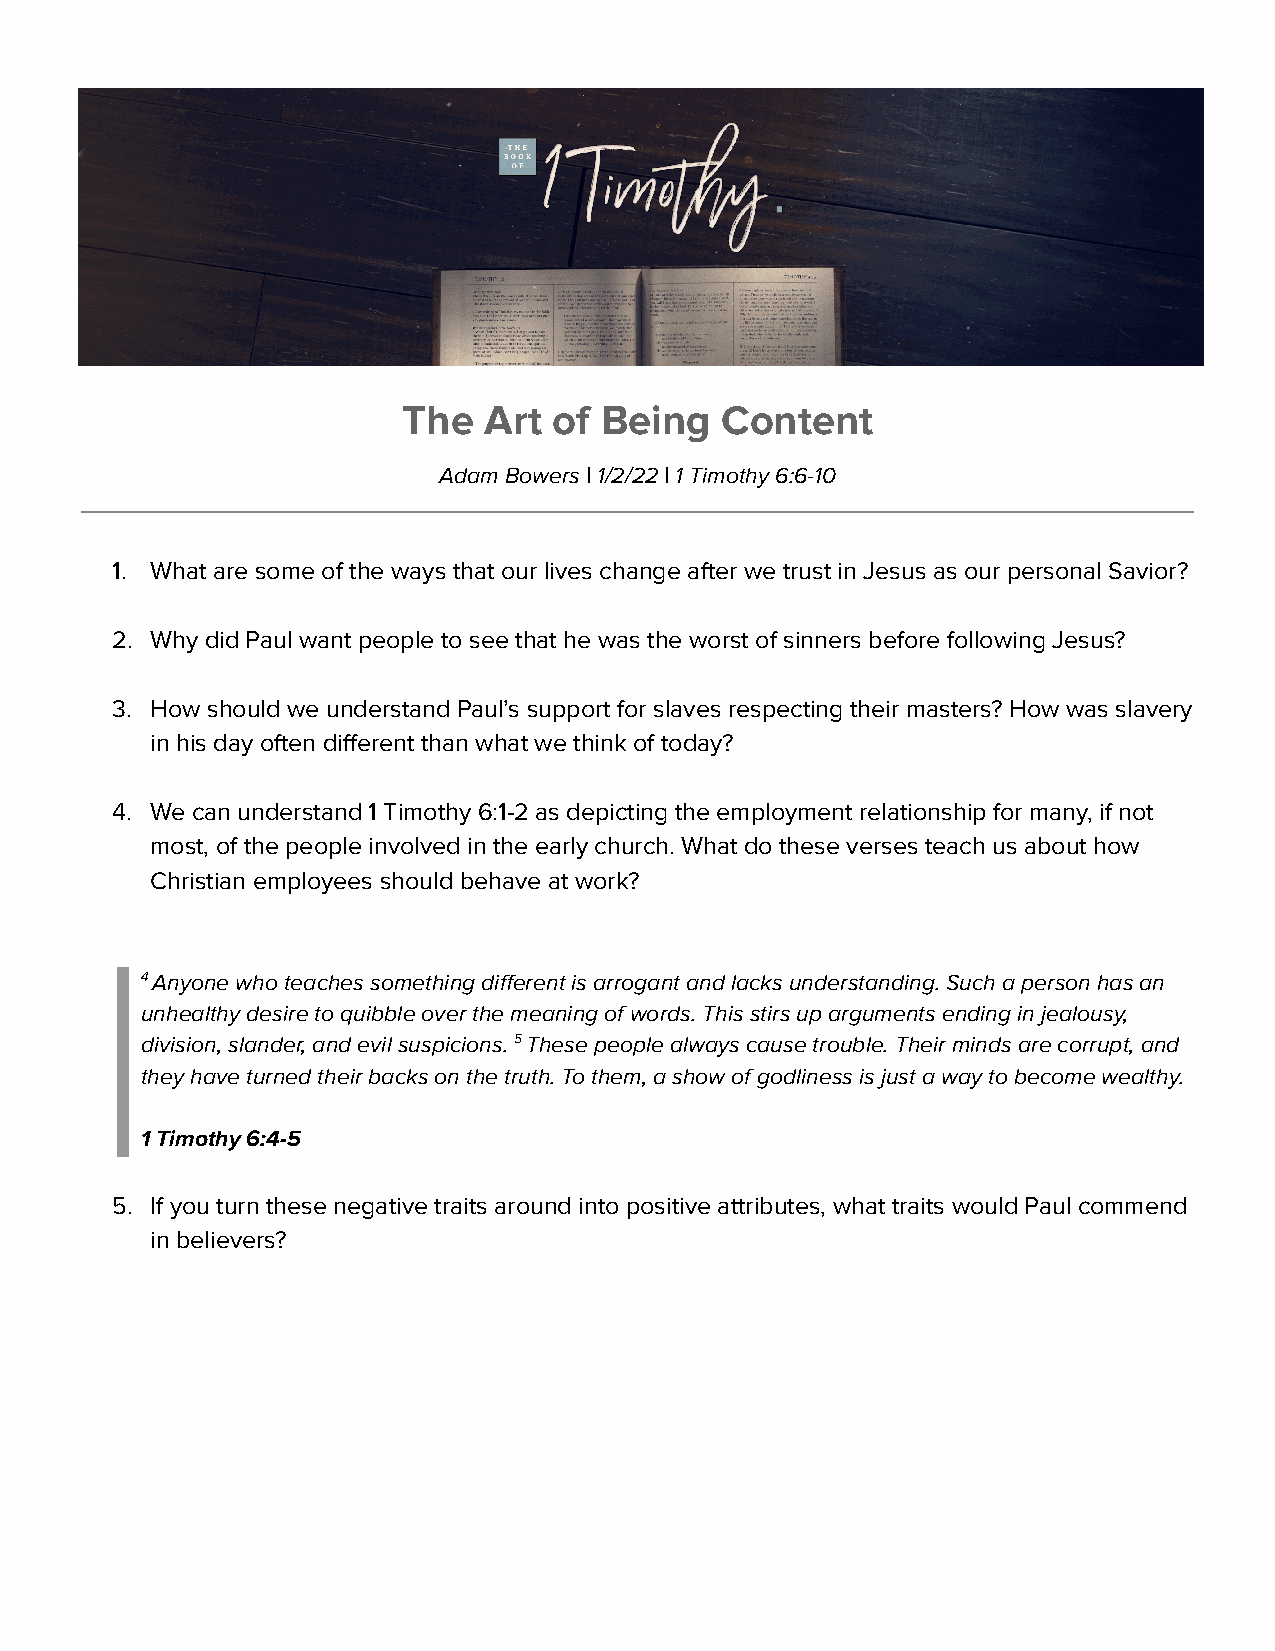
The  Art  of Being   Content
 Adam Bowers | 1/2/22 | 1 Timothy 6:6-10
 1. What are some of the ways that our lives change after we trust in Jesus as our personal Savior?
 2. Why did Paul want people to see that he was the worst of sinners before following Jesus?
 3. How should we understand Paul’s support for slaves respecting their masters? How was slavery
 in his day often different than what we think of today?
 4. We can understand 1 Timothy 6:1-2 as depicting the employment relationship for many, if not
 most, of the people involved in the early church. What do these verses teach us about how
 Christian employees should behave at work?
 4Anyone who teaches something different is arrogantand lacks understanding. Such a person has an
 unhealthy desire to quibble over the meaning of words. This stirs up arguments ending in jealousy,
 division, slander, and evil suspicions.5These peoplealways cause trouble. Their minds are corrupt, and
 they have turned their backs on the truth. To them, a show of godliness is just a way to become wealthy.
 1 Timothy 6:4-5
 5. If you turn these negative traits around into positive attributes, what traits would Paul commend
 in believers?